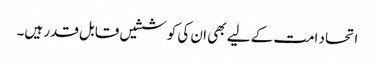
اتحاد امت کے لیے بھی ان کی کوششیں قابل قدر ہیں۔